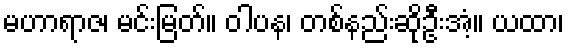
မဟာရာဇ၊ မင်းမြတ်။ ဝါပန၊ တစ်နည်းဆိုဦးအံ့။ ယထာ၊